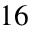
1 6